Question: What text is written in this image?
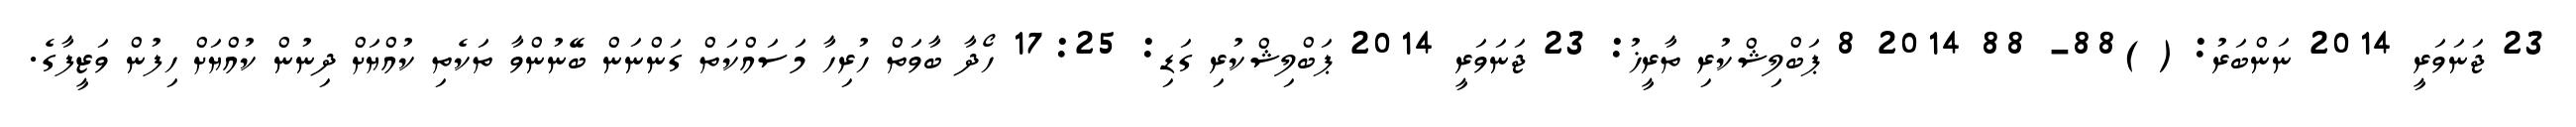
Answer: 23 ޖަނަވަރީ 2014 ނަންބަރު: ( )88- 88 2014 8 ޕަބްލިޝްކުރި ތާރީޚު: 23 ޖަނަވަރީ 2014 ޕަބްލިޝްކުރި ގަޑި: 17:25 ހޯދާ ބާވަތް ހުރިހާ މަސައްކަތް ގަންނަން ބޭނުންވާ ތަކެތި ކުއްޔަށް ދިނުން ކުއްޔަށް ހިފުން ވަޒީފާގެ.